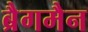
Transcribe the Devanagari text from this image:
ब्रैगमैन